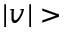
| v | >